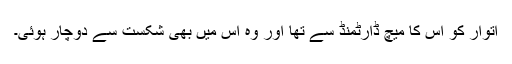
اتوار کو اس کا میچ ڈارٹمنڈ سے تھا اور وہ اس میں بھی شکست سے دوچار ہوئی۔